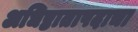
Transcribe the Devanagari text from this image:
अधिष्ठातापदाचा